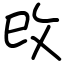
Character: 攺